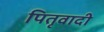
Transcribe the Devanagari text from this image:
पितृवादी